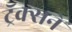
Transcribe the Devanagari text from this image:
ट्रॅक्सने